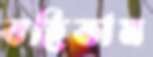
বহিতাম